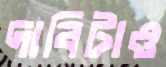
দাবিটাও